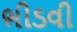
ભીડવી